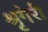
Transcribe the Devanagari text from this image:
श्रृगेरी